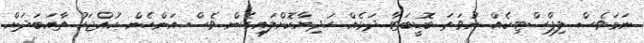
ނަމަވެސް ލިޕްސްޓިކެއް ނުވަތަ ބޮޑީބަޓާ ދަޅެއް ހަދިޔާކޮށްލައިގެން ވެސް އަންހެން ކުއްޖަކު ތާއަބަދަށް